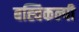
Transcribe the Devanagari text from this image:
बह्विकल्पी